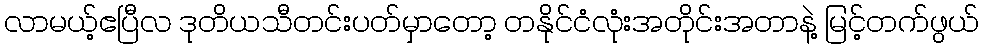
လာမယ့်ဧပြီလ ဒုတိယသီတင်းပတ်မှာတော့ တနိုင်ငံလုံးအတိုင်းအတာနဲ့ မြင့်တက်ဖွယ်